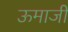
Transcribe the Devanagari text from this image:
ऊमाजी